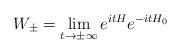
LaTeX: \begin{align*}W_{\pm} = \lim_{t\to\pm \infty} e^{itH} e^{-itH_{0}}\end{align*}